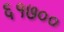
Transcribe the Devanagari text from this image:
६१७००